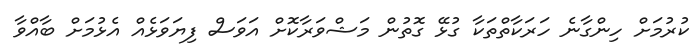
ކުރުމަށް ހިންގާނެ ހަރަކާތްތަކާ ގުޅޭ ގޮތުން މަޝްވަރާކޮށް އަވަސް ފިޔަވަޅެއް އެޅުމަށް ބާއްވާ